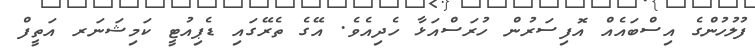
ފުލުހުންގެ އިސްބައެއް އޮފިސަރުން ހުރަސްއަޅާ ހެދިއެވެ. އޭގެ ތެރޭގައި ޑެޕިއުޓީ ކަމިޝަނަރ އަތީފް